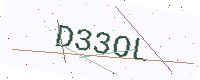
Text: D33OL